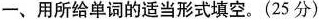
一、用所给单词的适当形式填空。(25 分)